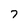
Character: 7